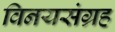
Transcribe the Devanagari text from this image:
विनयसंग्रह